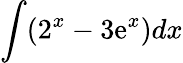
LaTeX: \int(2^{x}-3\mathrm{e}^{x})dx